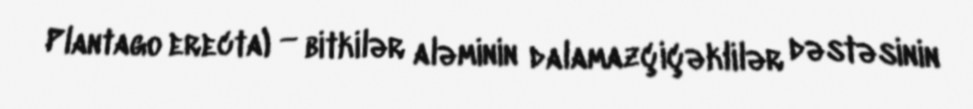
Plantago erecta) — bitkilər aləminin dalamazçiçəklilər dəstəsinin